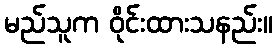
မည်သူက ဝိုင်းထားသနည်း။